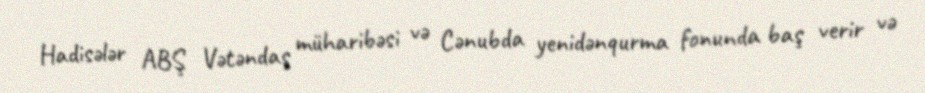
Hadisələr ABŞ Vətəndaş müharibəsi və Cənubda yenidənqurma fonunda baş verir və